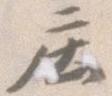
庄